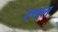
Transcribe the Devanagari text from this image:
रत्तल